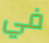
في